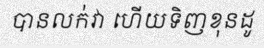
បានលក់វា ហើយទិញខុនដូ